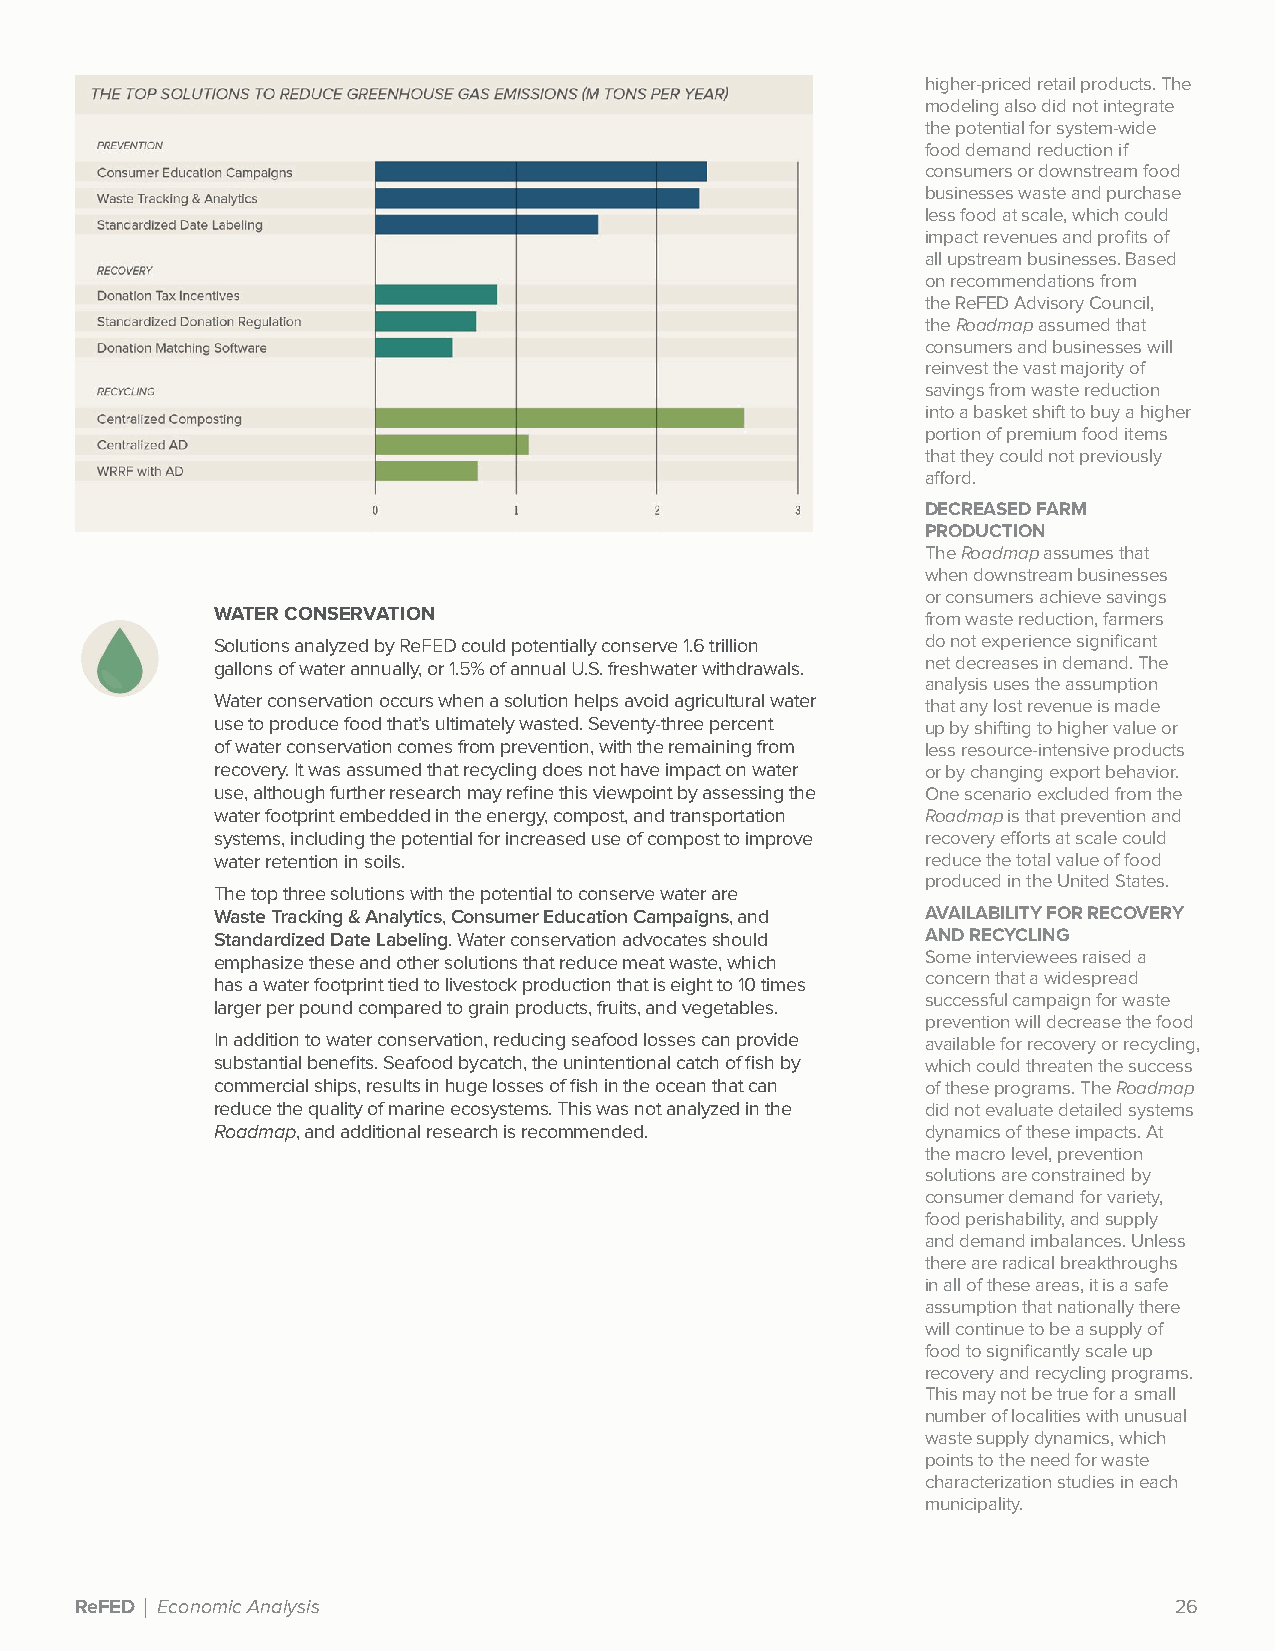
higher-priced retail products. The
 modeling also did not integrate
 the potential for system-wide
 food demand reduction if
 consumers or downstream food
 businesses waste and purchase
 less food at scale, which could
 impact revenues and profits of
 all upstream businesses. Based
 on recommendations from
 the ReFED Advisory Council,
 the Roadmap assumed that
 consumers and businesses will
 reinvest the vast majority of
 savings from waste reduction
 into a basket shift to buy a higher
 portion of premium food items
 that they could not previously
 afford.
 DECREASED FARM
 PRODUCTION
 The Roadmap assumes that
 when downstream businesses
 or consumers achieve savings
 WATER CONSERVATION                             from waste reduction, farmers
 Solutions analyzed by ReFED could potentially conserve 1.6 trillion do not experience significant
 gallons of water annually, or 1.5% of annual U.S. freshwater withdrawals. net decreases in demand. The
 analysis uses the assumption
 Water conservation occurs when a solution helps avoid agricultural water that any lost revenue is made
 use to produce food that’s ultimately wasted. Seventy-three percent up by shifting to higher value or
 of water conservation comes from prevention, with the remaining from less resource-intensive products
 recovery. It was assumed that recycling does not have impact on water or by changing export behavior.
 use, although further research may refine this viewpoint by assessing the One scenario excluded from the
 water footprint embedded in the energy, compost, and transportation Roadmap is that prevention and
 systems, including the potential for increased use of compost to improve recovery efforts at scale could
 water retention in soils.                      reduce the total value of food
 produced in the United States.
 The top three solutions with the potential to conserve water are
 Waste Tracking & Analytics, Consumer Education Campaigns, and AVAILABILITY FOR RECOVERY
 Standardized Date Labeling. Water conservation advocates should AND RECYCLING
 emphasize these and other solutions that reduce meat waste, which Some interviewees raised a
 concern that a widespread
 has a water footprint tied to livestock production that is eight to 10 times
 successful campaign for waste
 larger per pound compared to grain products, fruits, and vegetables.
 prevention will decrease the food
 In addition to water conservation, reducing seafood losses can provide available for recovery or recycling,
 substantial benefits. Seafood bycatch, the unintentional catch of fish by which could threaten the success
 commercial ships, results in huge losses of fish in the ocean that can of these programs. The Roadmap
 reduce the quality of marine ecosystems. This was not analyzed in the did not evaluate detailed systems
 Roadmap, and additional research is recommended. dynamics of these impacts. At
 the macro level, prevention
 solutions are constrained by
 consumer demand for variety,
 food perishability, and supply
 and demand imbalances. Unless
 there are radical breakthroughs
 in all of these areas, it is a safe
 assumption that nationally there
 will continue to be a supply of
 food to significantly scale up
 recovery and recycling programs.
 This may not be true for a small
 number of localities with unusual
 waste supply dynamics, which
 points to the need for waste
 characterization studies in each
 municipality.
 ReFED | Economic Analysis                                                26